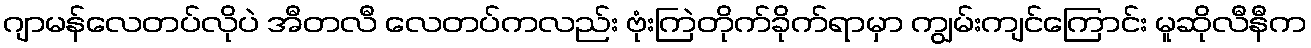
ဂျာမန်လေတပ်လိုပဲ အီတလီ လေတပ်ကလည်း ဗုံးကြဲတိုက်ခိုက်ရာမှာ ကျွမ်းကျင်ကြောင်း မူဆိုလီနီက